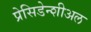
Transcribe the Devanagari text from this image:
प्रेसिडेन्शीअल